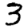
Digit: 3